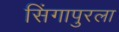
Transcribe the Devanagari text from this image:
सिंगापुरला